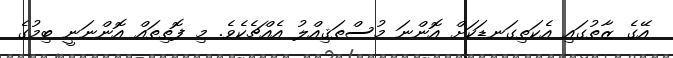
އޭގެ ޒާތުގައި އެކަތިގަނޑަކަށް އޮންނަ މުސްތަޤިއްލު އެއްޗެކެވެ. މި ފޮތިތައް އޮންނަނީ ބިމުގެ